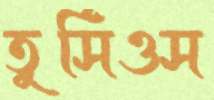
তুর্সিওস